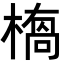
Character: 𭫥